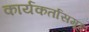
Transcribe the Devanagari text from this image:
कार्यकर्तासमूह